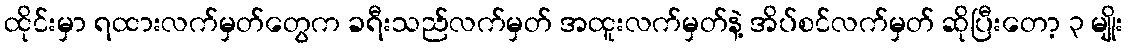
ထိုင်းမှာ ရထားလက်မှတ်တွေက ခရီးသည်လက်မှတ် အထူးလက်မှတ်နဲ့ အိပ်စင်လက်မှတ် ဆိုပြီးတော့ ၃ မျိုး